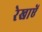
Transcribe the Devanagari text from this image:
रेखाऐं